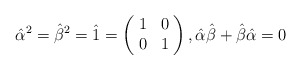
\begin{align*}\hat{\alpha}^{2} = \hat{\beta}^{2}=\hat{1} = \left(\!\begin{array}{cc}1 & 0\\0 & 1\end{array}\!\right), \hat{\alpha}\hat{\beta}+\hat{\beta}\hat{\alpha} = 0\end{align*}